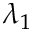
\lambda _ { 1 }